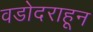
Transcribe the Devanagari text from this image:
वडोदराहून